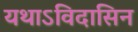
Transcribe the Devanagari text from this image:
यथाऽविदासिन